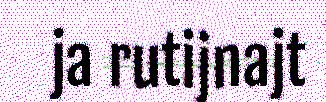
ja rutijnajt